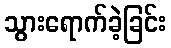
သွားရောက်ခဲ့ခြင်း